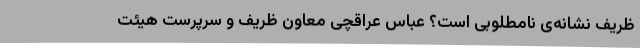
ظریف نشانه‌ی نامطلوبی‌ است؟ عباس عراقچی معاون ظریف و سرپرست هیئت